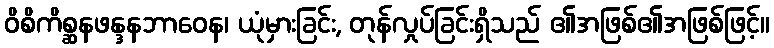
ဝိစိကိစ္ဆနဖန္ဒနဘာဝေန၊ ယုံမှားခြင်း, တုန်လှုပ်ခြင်းရှိသည် ၏အဖြစ်၏အဖြစ်ဖြင့်။